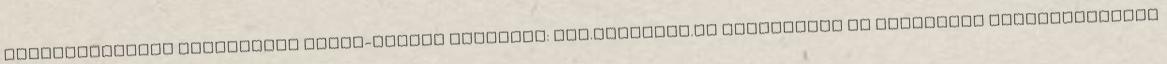
Gondozásmentes szórakozás télen-nyáron Bővebben: www.prograss.hu Kiállítási és promóciós reklámeszközök